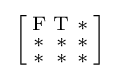
{\Bigl [}{\begin{smallmatrix}\mathrm {F} &\mathrm {T} &\mathrm {*} \\\mathrm {*} &\mathrm {*} &\mathrm {*} \\\mathrm {*} &\mathrm {*} &\mathrm {*} \end{smallmatrix}}{\Bigr ]}